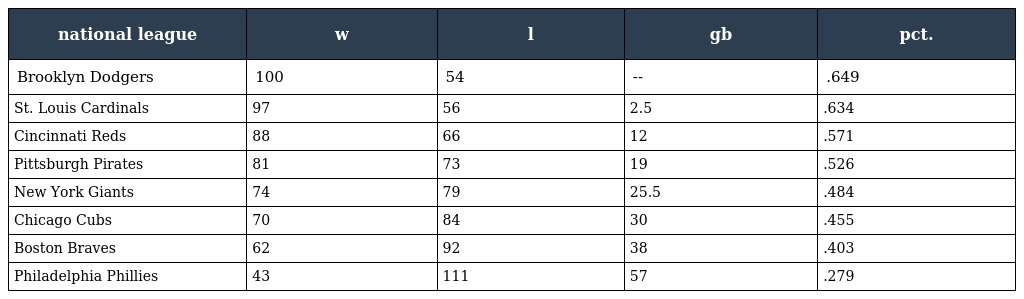
| national league | w | l | gb | pct. |
 | --- | --- | --- | --- | --- |
 | Brooklyn Dodgers | 100 | 54 | -- | .649 |
 | St. Louis Cardinals | 97 | 56 | 2.5 | .634 |
 | Cincinnati Reds | 88 | 66 | 12 | .571 |
 | Pittsburgh Pirates | 81 | 73 | 19 | .526 |
 | New York Giants | 74 | 79 | 25.5 | .484 |
 | Chicago Cubs | 70 | 84 | 30 | .455 |
 | Boston Braves | 62 | 92 | 38 | .403 |
 | Philadelphia Phillies | 43 | 111 | 57 | .279 |